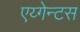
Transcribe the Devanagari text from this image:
एय्गेन्टस